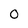
Character: 0